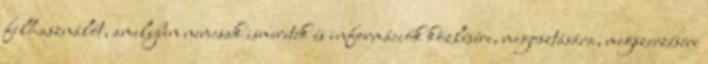
felhasználót, amelyben nemcsak ismeretek és információk közlésére, megosztására, megszerzésére